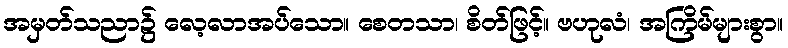
အမှတ်သညာ၌ လေ့လာအပ်သော။ စေတသာ၊ စိတ်ဖြင့်။ ဗဟုလံ၊ အကြိမ်များစွာ။